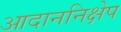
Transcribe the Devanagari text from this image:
आदाननिक्षेप